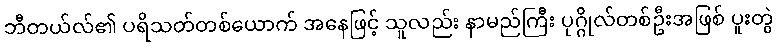
ဘီတယ်လ်၏ ပရိသတ်တစ်ယောက် အနေဖြင့် သူလည်း နာမည်ကြီး ပုဂ္ဂိုလ်တစ်ဦးအဖြစ် ပူးတွဲ